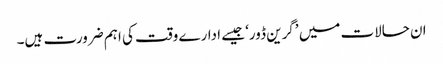
ان حالات میں ’گرین ڈور‘ جیسے ادارے وقت کی اہم ضرورت ہیں۔